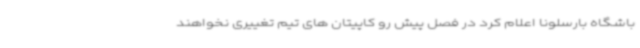
باشگاه بارسلونا اعلام کرد در فصل پیش رو کاپیتان های تیم تغییری نخواهند